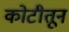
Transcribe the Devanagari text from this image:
कोटीतून